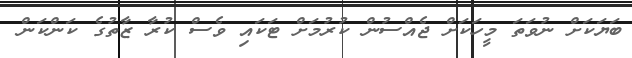
ބަޔަކަށް ނުވަތަ މީހަކަށް ޖެއްސުން ކުރުމަށް ޓަކައި ވެސް ކުރާ ޒާތުގެ ކަންކަން